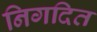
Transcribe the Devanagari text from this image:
निगदित